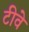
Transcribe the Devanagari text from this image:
टीवे